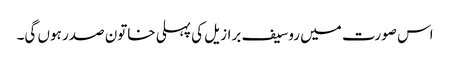
اس صورت میں روسیف برازیل کی پہلی خاتون صدر ہوں گی۔